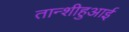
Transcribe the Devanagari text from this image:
तान्शीहुआई